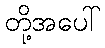
တို့အပေါ်